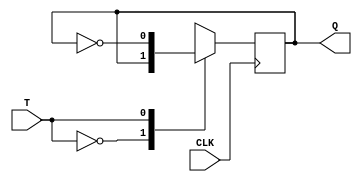
`timescale 1ns / 1ps
//////////////////////////////////////////////////////////////////////////////////

// Revision:
// Revision 0.01 - File Created
// Additional Comments:
// 
//////////////////////////////////////////////////////////////////////////////////
module TF(Q,T,CLK);
input T,CLK;
output reg Q;
initial Q=1'b0;
always @(posedge CLK)
    case(T)
    0: Q <= Q;
    1: Q <= ~Q;
  endcase
endmodule

module Synchronous_up_counter(Q,CLK);
input CLK;
output [2:0]Q;
wire x;
and (x,Q[0],Q[1]);
TF TA (Q[0],1'b1,CLK),
     TB (Q[1],Q[0],CLK),
     TC (Q[2],x,CLK);
endmodule